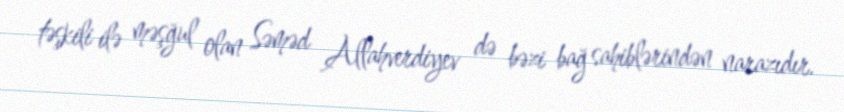
təşkili ilə məşğul olan Səməd Allahverdiyev də bəzi bağ sahiblərindən narazıdır.